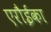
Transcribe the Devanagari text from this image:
एरौईका